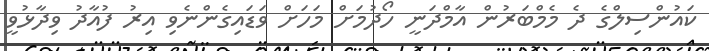
ކައުންސިލްގެ ދެ މެމްބަރުން އާމްދަނީ ހޯދުމަށް މަހަށް ވަޑައިގެންނެވި އިރު ފުއާދު ވިދާޅުވީ